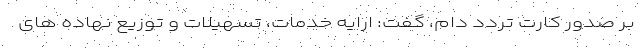
بر صدور کارت تردد دام، گفت: ارایه خدمات، تسهیلات و توزیع نهاده های